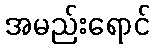
အမည်းရောင်